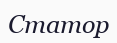
Статор